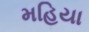
મહિયા